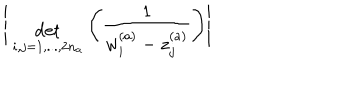
\Bigg | { \; \atop { \mathrm { d e t } \atop { \scriptstyle i , j = 1 , . . . , 2 n _ { a } } } } \Bigg ( \frac { 1 } { w _ { i } ^ { ( a ) } - z _ { j } ^ { ( a ) } } \Bigg ) \Bigg |